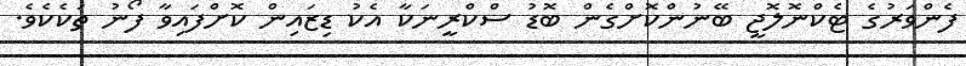
ފެންވަރުގެ ޓެކްނޮލޮޖީ ބޭނުންކޮށްގެން ބޮޑު ސްކްރީނަކާ އެކު ޑިޒައިން ކޮށްފައިވާ ފޯނު ތަކެކެވެ.